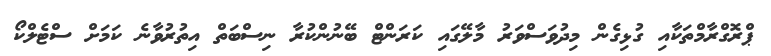
ޕްރޮގްރާމްތަކާއި ގުޅިގެން މިދުވަސްވަރު މާލޭގައި ކަރަންޓް ބޭނުންކުރާ ނިސްބަތް އިތުރުވާނެ ކަމަށް ސްޓެލްކޯ